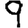
Digit: 9